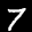
Label: 7